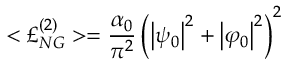
< { \pounds } _ { N G } ^ { ( 2 ) } > = \frac { \alpha _ { 0 } } { \pi ^ { 2 } } \left( \left| \psi _ { 0 } \right| ^ { 2 } + \left| \varphi _ { 0 } \right| ^ { 2 } \right) ^ { 2 }